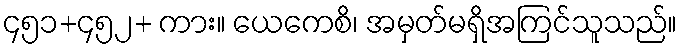
၄၅၁+၄၅၂+ ကား။ ယေကေစိ၊ အမှတ်မရှိအကြင်သူသည်။